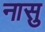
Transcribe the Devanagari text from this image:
नासु